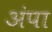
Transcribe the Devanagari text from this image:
अंपा